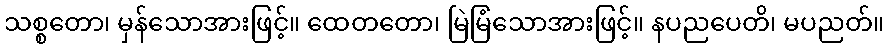
သစ္စတော၊ မှန်သောအားဖြင့်။ ထေတတော၊ မြဲမြံသောအားဖြင့်။ နပညပေတိ၊ မပညတ်။